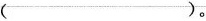
（）。